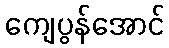
ကျေပွန်အောင်